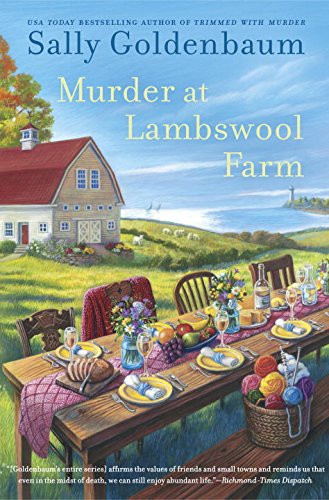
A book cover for Murder at Lambswool Farm: A Seaside Knitters Mystery; Sally Goldenbaum; Mystery, Thriller & Suspense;